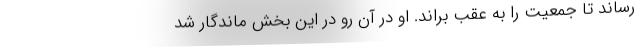
رساند تا جمعیت را به عقب براند. او در آن رو در این بخش ماندگار شد